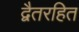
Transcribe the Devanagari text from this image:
द्वैतरहित